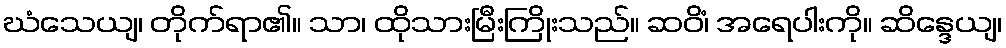
ဃံသေယျ၊ တိုက်ရာ၏။ သာ၊ ထိုသားမြီးကြိုးသည်။ ဆဝိံ၊ အရေပါးကို။ ဆိန္ဒေယျ၊